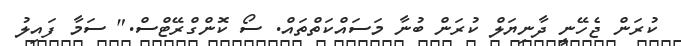
ކުރަން ޖެހޭނީ ދާނިޔަލް ކުރަން ބުނާ މަސައްކަތްތައް. ސޯ ކޮންގްރޭޓްސް." ސަމާ ފައިލު